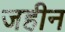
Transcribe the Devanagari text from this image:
जहीन